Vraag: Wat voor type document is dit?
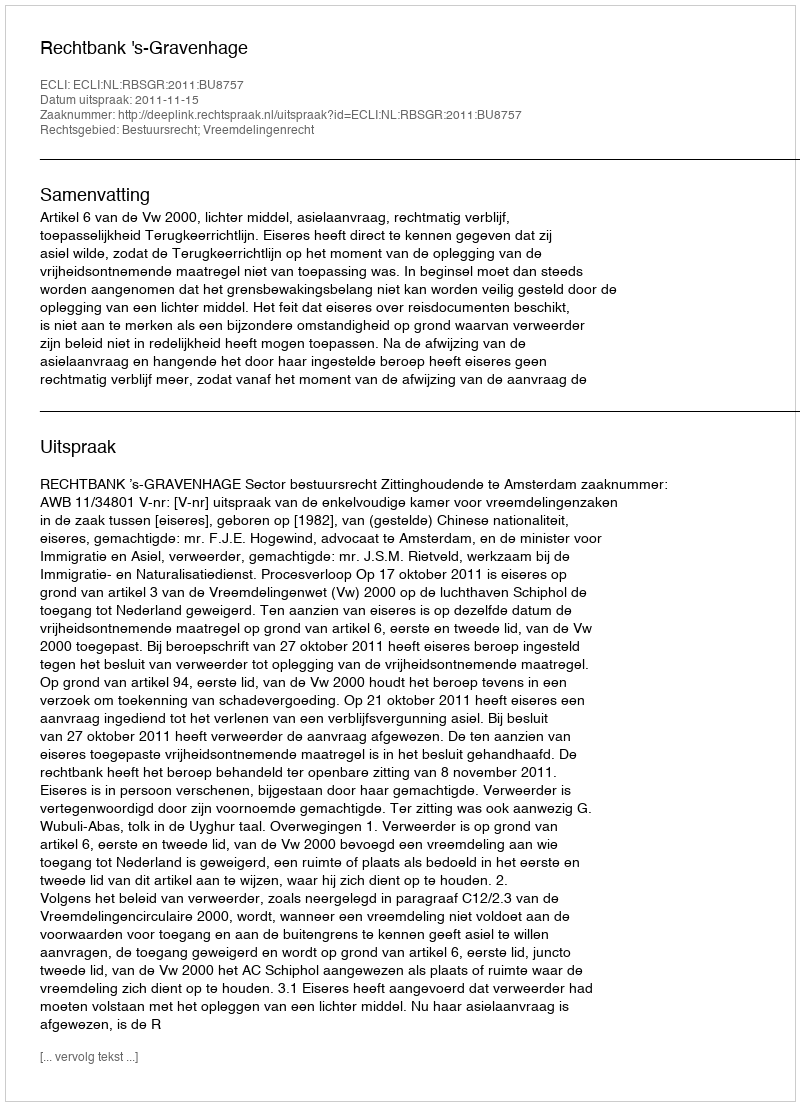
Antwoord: Uitspraak